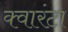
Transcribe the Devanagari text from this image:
क्वारंटा